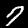
Label: 7